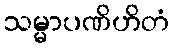
သမ္မာပဏိဟိတံ